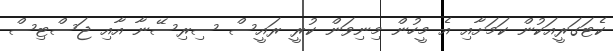
ކެޓަގަރީއަކުން ކަމަށާއި އެ މީހުން މިނިވަން ކުރީ ރައީސް ސިރިސޭނާ އާއި ޖަސްޓިސް